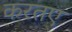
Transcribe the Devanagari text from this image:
करतए